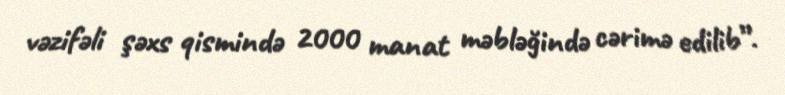
vəzifəli şəxs qismində 2000 manat məbləğində cərimə edilib”.